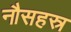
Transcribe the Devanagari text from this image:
नौसहस्र